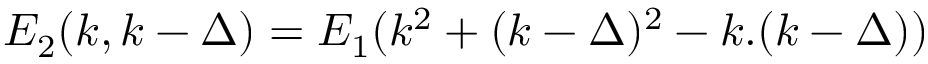
{ \cal E } _ { 2 } ( k , k - \Delta ) = { \cal E } _ { 1 } ( k ^ { 2 } + ( k - \Delta ) ^ { 2 } - k . ( k - \Delta ) )